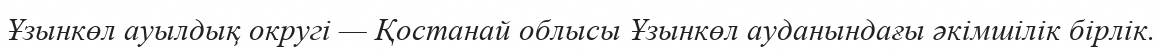
Ұзынкөл ауылдық округі — Қостанай облысы Ұзынкөл ауданындағы әкімшілік бірлік.